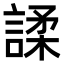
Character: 𫍅